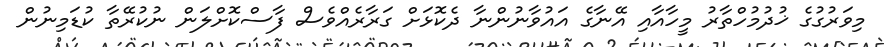
މިވަރުގުގެ ޚުދުމުހްތާރު މީހާއާއި އޭނާގެ އައުވާނުންނާ ދެކޮޅަށް ގަރާރެއްވެސް ފާސްކޮށްލަން ނުކުރޭތާ ކުޑަމިނުން